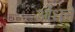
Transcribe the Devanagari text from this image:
ओंधने